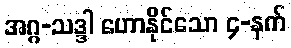
အဂ္ဂ-သဒ္ဒါ ဟောနိုင်သော ၄-နက်